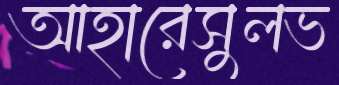
আহারেসুলভ